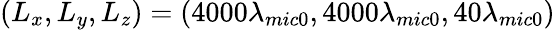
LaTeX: \left({{L}_{x}},{{L}_{y}},{{L}_{z}}\right)=\left(4000{{\lambda}_{mic0}},4000{{\lambda}_{mic0}},40{{\lambda}_{mic0}}\right)